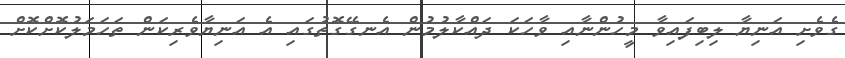
ގެވެށި އަނިޔާ ލިބިފައިވާ މީހުންނާއި ވާހަކަ ދައްކާލުމުން އެނގޭގޮތުގައި އެ އަނިޔާވެރިކަން ތަހަމަލުކޮށްކޮށް